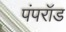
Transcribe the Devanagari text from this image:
पंपरॉड